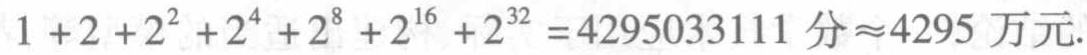
\(1 + 2 + 2^{2} + 2^{4} + 2^{8} + 2^{16} + 2^{32} =4295033111 \text{ 分}\approx4295 \text{ 万元}.\)